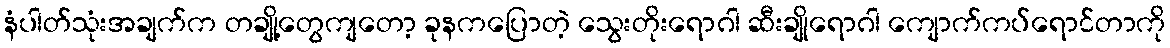
နံပါတ်သုံးအချက်က တချို့တွေကျတော့ ခုနကပြောတဲ့ သွေးတိုးရောဂါ ဆီးချိုရောဂါ ကျောက်ကပ်ရောင်တာကို